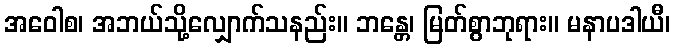
အဝေါစ၊ အဘယ်သို့လျှောက်သနည်း။ ဘန္တေ၊ မြတ်စွာဘုရား။ မနာပဒါယီ၊